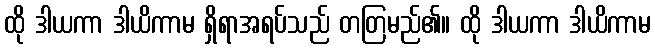
ထို ဒါယကာ ဒါယိကာမ ရှိရာအရပ်သည် တတြမည်၏။ ထို ဒါယကာ ဒါယိကာမ